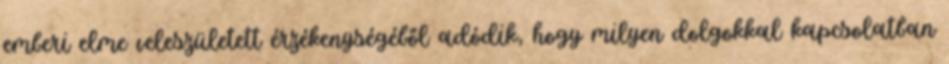
emberi elme veleszületett érzékenységéből adódik, hogy milyen dolgokkal kapcsolatban